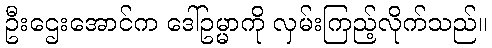
ဦးဌေးအောင်က ဒေါ်ဥမ္မာကို လှမ်းကြည့်လိုက်သည်။